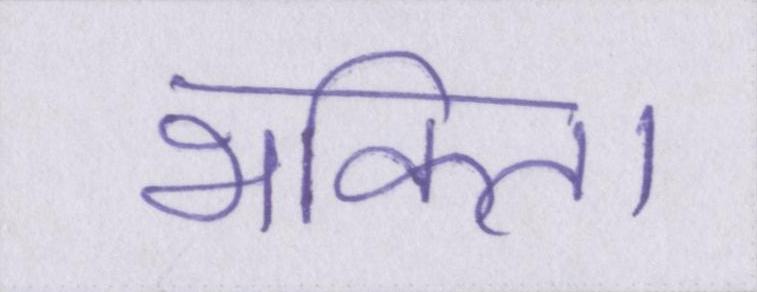
भक्ति।